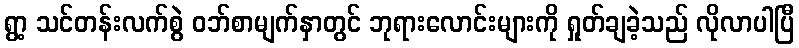
ရွာ့ သင်တန်းလက်စွဲ ဝဘ်စာမျက်နှာတွင် ဘုရားလောင်းများကို ရှုတ်ချခဲ့သည် လိုလာပါပြီ